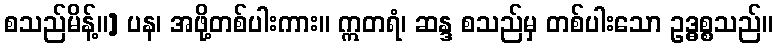
စသည်မိန့်။] ပန၊ အဖို့တစ်ပါးကား။ ဣတရံ၊ ဆန္ဒ စသည်မှ တစ်ပါးသော ဥဒ္ဓစ္စသည်။